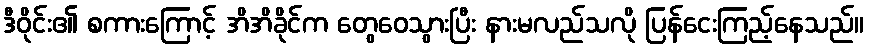
ဒီဝိုင်း၏ စကားကြောင့် အိအိခိုင်က တွေဝေသွားပြီး နားမလည်သလို ပြန်ငေးကြည့်နေသည်။